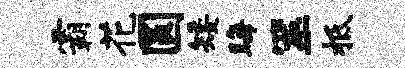
霸花圆矮晦筮柢